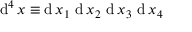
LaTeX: \operatorname { d } ^ { 4 } x \equiv \operatorname { d } x _ { 1 } \, \operatorname { d } x _ { 2 } \, \operatorname { d } x _ { 3 } \, \operatorname { d } x _ { 4 }